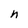
Character: h